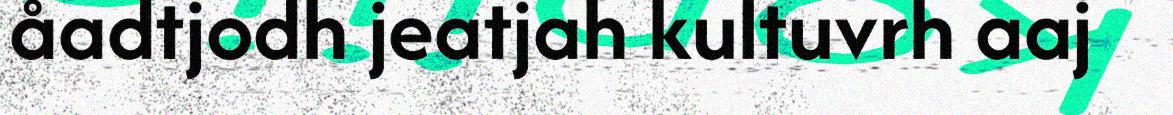
åadtjodh jeatjah kultuvrh aaj